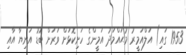
1953 ގައި) އަލްއަމީރު މުޙައްމަދު އަމީންގެ ހަށިކޮޅަށް ވަރަށް ބޮޑު އަނިޔާ އާއި